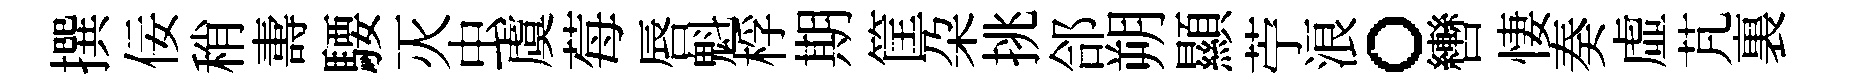
撰佞稍夀騕灭虫虞莓唇魁桴期筐朶挑郃朔顯苧浪。轡悽奏虛芃裏